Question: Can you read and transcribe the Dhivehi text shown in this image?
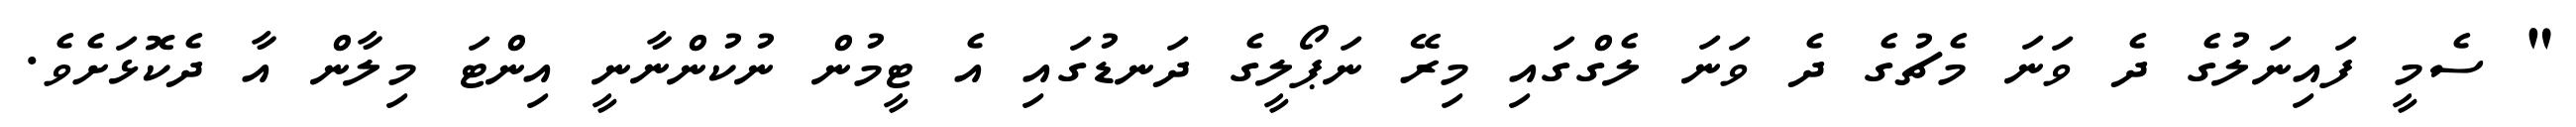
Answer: " ސެމީ ފައިނަލުގެ ދެ ވަނަ މެޗުގެ ދެ ވަނަ ލެގްގައި މިރޭ ނަޕޯލީގެ ދަނޑުގައި އެ ޓީމުން ނުކުންނާނީ އިންޓަ މިލާން އާ ދެކޮޅަށެވެ.